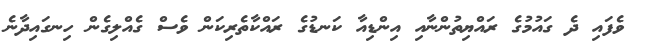
ވެފައި ދެ ގައުމުގެ ރައްޔިތުންނާއި އިންޑިއާ ކަނޑުގެ ރައްކާތެރިކަން ވެސް ގެއްލިގެން ހިނގައިދާނެ